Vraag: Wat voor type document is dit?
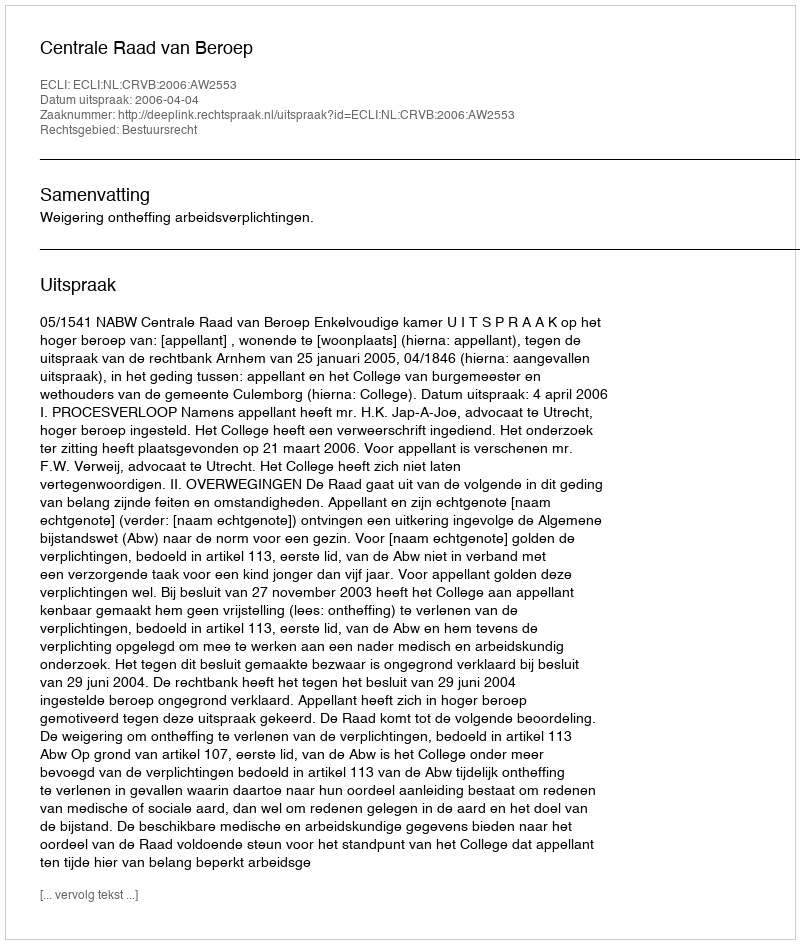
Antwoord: Uitspraak